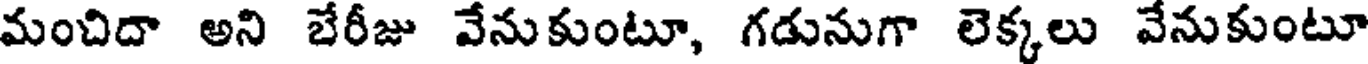
మంచిదా అని బేరీజు వేనుకుంటూ, గడునుగా లెక్కలు వేనుకుంటూ